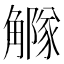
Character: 𧥃